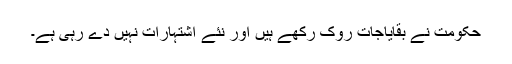
حکومت نے بقایاجات روک رکھے ہیں اور نئے اشتہارات نہیں دے رہی ہے۔